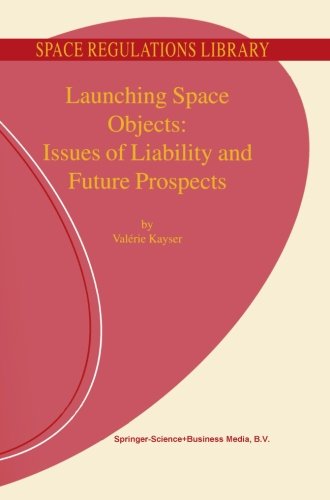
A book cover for Launching Space Objects: Issues of Liability and Future Prospects (Space Regulations Library) (Volume 1); V. Kayser; Law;